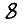
Digit: 8